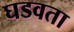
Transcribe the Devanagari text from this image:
घडवता